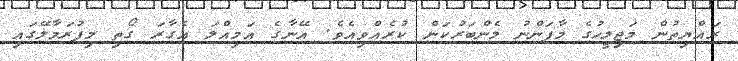
ރައްޔިތުން މަޖިލީހުގެ މާފަންނު މެންބަރުކަން ކުރެއްވިއެވެ. އޭނާގެ އަމިއްލަ އެގާރަ ގޯތި މިފުރަމާލޭގައި